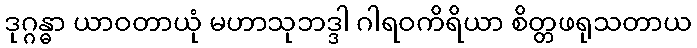
ဒုဂ္ဂန္ဓာ ယာဝတာယုံ မဟာသုဘဒ္ဒါ ဂါရဝကိရိယာ စိတ္တဖရုသတာယ